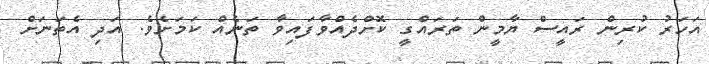
އަހަރު ކުރިން ރައީސް ޔާމީން ތަރައްގީ ކޮށްދެއްވާފައިވާ ތަނެއް ކަމަށެވެ. އަދި އެތަނަށް